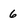
Character: 6